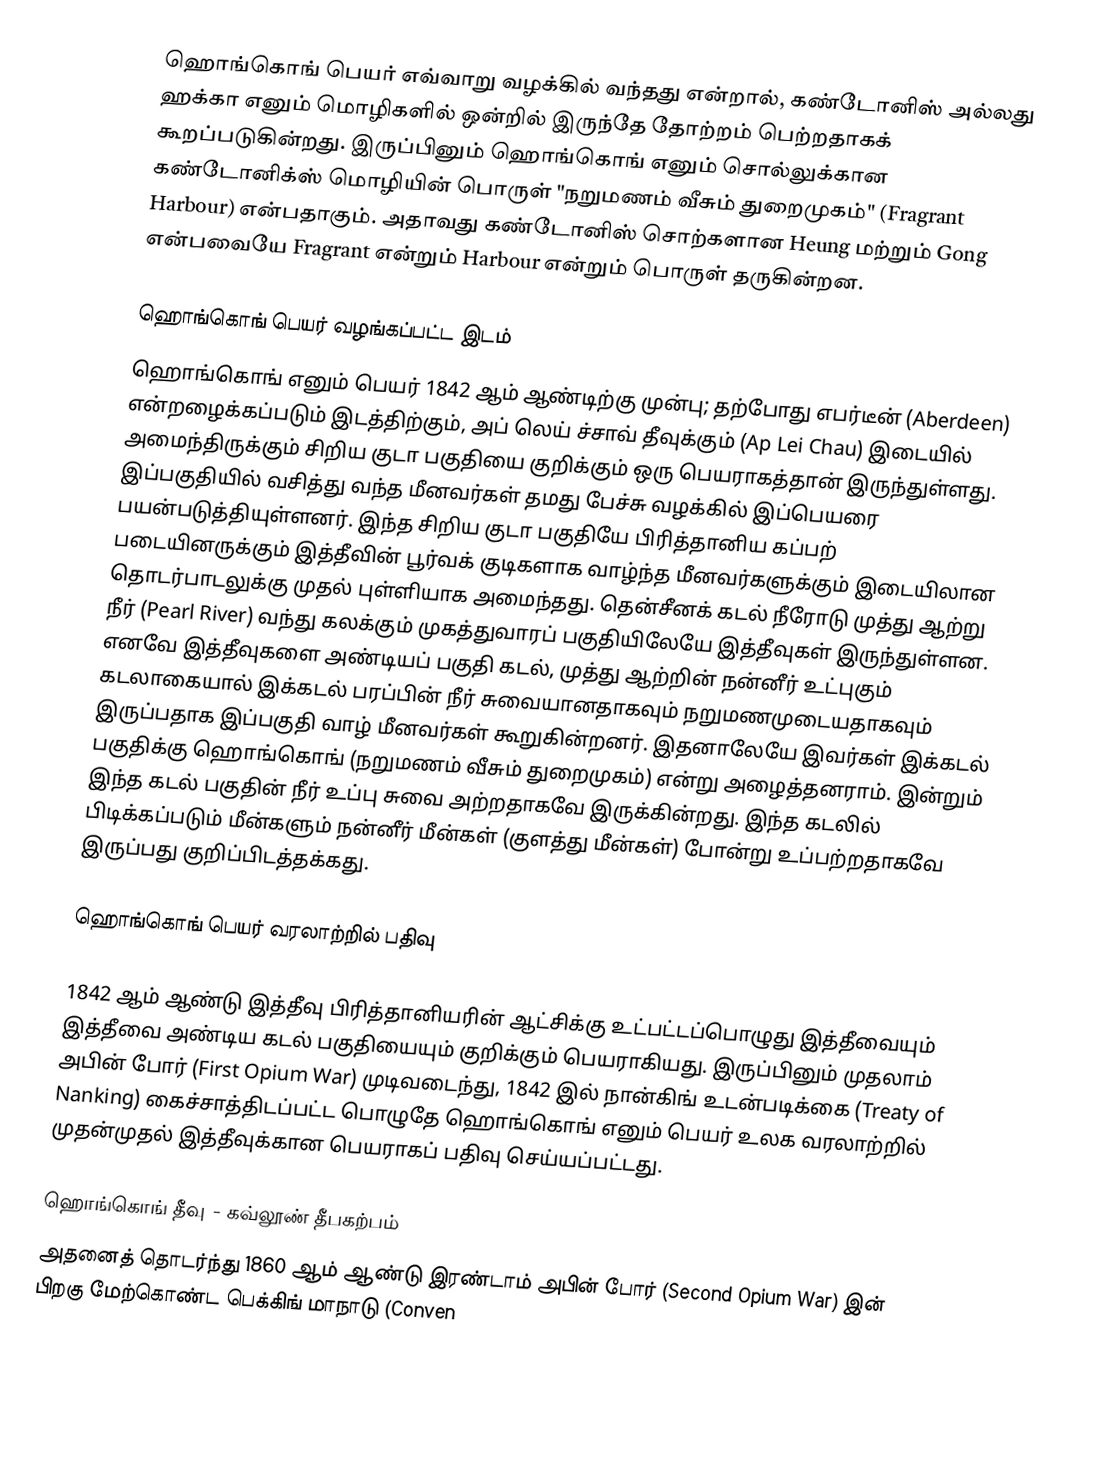
ஹொங்கொங் பெயர் எவ்வாறு வழக்கில் வந்தது என்றால், கண்டோனிஸ் அல்லது ஹக்கா எனும் மொழிகளில் ஒன்றில் இருந்தே தோற்றம் பெற்றதாகக் கூறப்படுகின்றது. இருப்பினும் ஹொங்கொங் எனும் சொல்லுக்கான கண்டோனிக்ஸ் மொழியின் பொருள் "நறுமணம் வீசும் துறைமுகம்" (Fragrant Harbour) என்பதாகும். அதாவது கண்டோனிஸ் சொற்களான Heung மற்றும் Gong என்பவையே Fragrant என்றும் Harbour என்றும் பொருள் தருகின்றன.

ஹொங்கொங் பெயர் வழங்கப்பட்ட இடம்
ஹொங்கொங் எனும் பெயர் 1842 ஆம் ஆண்டிற்கு முன்பு; தற்போது எபர்டீன் (Aberdeen) என்றழைக்கப்படும் இடத்திற்கும், அப் லெய் ச்சாவ் தீவுக்கும் (Ap Lei Chau) இடையில் அமைந்திருக்கும் சிறிய குடா பகுதியை குறிக்கும் ஒரு பெயராகத்தான் இருந்துள்ளது. இப்பகுதியில் வசித்து வந்த மீனவர்கள் தமது பேச்சு வழக்கில் இப்பெயரை பயன்படுத்தியுள்ளனர். இந்த சிறிய குடா பகுதியே பிரித்தானிய கப்பற் படையினருக்கும் இத்தீவின் பூர்வக் குடிகளாக வாழ்ந்த மீனவர்களுக்கும் இடையிலான தொடர்பாடலுக்கு முதல் புள்ளியாக அமைந்தது. தென்சீனக் கடல் நீரோடு முத்து ஆற்று நீர் (Pearl River) வந்து கலக்கும் முகத்துவாரப் பகுதியிலேயே இத்தீவுகள் இருந்துள்ளன. எனவே இத்தீவுகளை அண்டியப் பகுதி கடல், முத்து ஆற்றின் நன்னீர் உட்புகும் கடலாகையால் இக்கடல் பரப்பின் நீர் சுவையானதாகவும் நறுமணமுடையதாகவும் இருப்பதாக இப்பகுதி வாழ் மீனவர்கள் கூறுகின்றனர். இதனாலேயே இவர்கள் இக்கடல் பகுதிக்கு ஹொங்கொங் (நறுமணம் வீசும் துறைமுகம்) என்று அழைத்தனராம். இன்றும் இந்த கடல் பகுதின் நீர் உப்பு சுவை அற்றதாகவே இருக்கின்றது. இந்த கடலில் பிடிக்கப்படும் மீன்களும் நன்னீர் மீன்கள் (குளத்து மீன்கள்) போன்று உப்பற்றதாகவே இருப்பது குறிப்பிடத்தக்கது.

ஹொங்கொங் பெயர் வரலாற்றில் பதிவு

1842 ஆம் ஆண்டு இத்தீவு பிரித்தானியரின் ஆட்சிக்கு உட்பட்டப்பொழுது இத்தீவையும் இத்தீவை அண்டிய கடல் பகுதியையும் குறிக்கும் பெயராகியது. இருப்பினும் முதலாம் அபின் போர் (First Opium War) முடிவடைந்து, 1842 இல் நான்கிங் உடன்படிக்கை (Treaty of Nanking) கைச்சாத்திடப்பட்ட பொழுதே ஹொங்கொங் எனும் பெயர் உலக வரலாற்றில் முதன்முதல் இத்தீவுக்கான பெயராகப் பதிவு செய்யப்பட்டது.

ஹொங்கொங் தீவு - கவ்லூண் தீபகற்பம்
அதனைத் தொடர்ந்து 1860 ஆம் ஆண்டு இரண்டாம் அபின் போர் (Second Opium War) இன் பிறகு மேற்கொண்ட பெக்கிங் மாநாடு (Conven